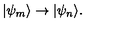
| \psi _ { m } \rangle \rightarrow | \psi _ { n } \rangle .